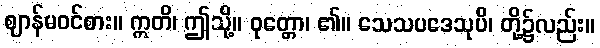
ဈာန်မဝင်စား။ ဣတိ၊ ဤသို့။ ဝုတ္တော၊ ၏။ သေသပဒေသုပိ၊ တို့၌လည်း။